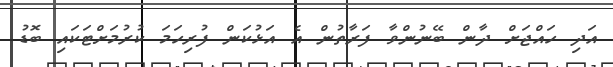
އަދި ހައްޖަށް ދާން ބޭނުންވާ ފަރާތުން އެ އަޅުކަން ފުރިހަމަ ކުރުމަށްޓަކައި ބޮޑު